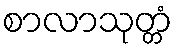
စာလာသုတ္တံ